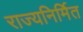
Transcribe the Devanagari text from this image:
राज्यनिर्मित